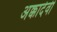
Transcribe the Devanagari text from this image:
अक्कादेवी